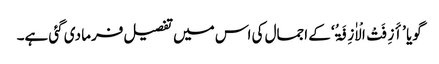
گویا ’أَزِفَتْ الْاٰزِفَۃُ‘ کے اجمال کی اس میں تفصیل فرما دی گئی ہے۔